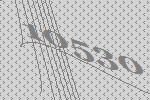
10530